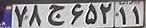
۷۸ج۶۵۲۱۱